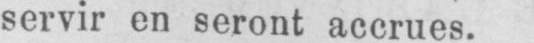
servir en seront accrues.